Vaccination in the Punjab 1919-1929 - 1919-1929
Year: 1919
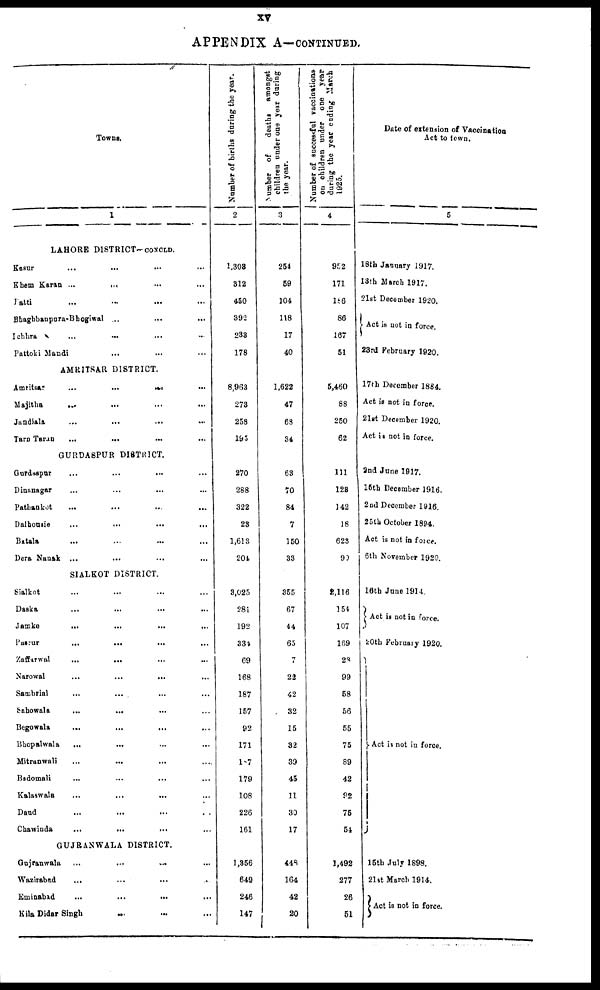
xv
APPENDIX A—CONTINUED
Towns.
1
LAHORE DISTRICT—CONCLD.
Kasur ... ... ... ...
Khem Karan ... ... ... ...
Patti ... ... ... ...
Bhaghbanpura-Bhogiwal ... ... ... ...
Ichhra ... ... ... ...
Pattoki Mandi ... ... ... ...
AMRITSAR DISTRICT.
Amritsar
...
...
...
...
Majitha ... ... ... ...
Jandiala ... ... ... ...
Tarn Taran ... ... ... ...
GURDASPUR DISTRICT.
Gurdaspur
...
...
...
...
Dinanagar ... ... ... ...
Pathankot ... ... ... ...
Dalhousie
...
...
...
...
Batala ... ... ... ...
Dera Nanak ... ... ... ...
SIALKOT DISTRICT.
Sialkot ... ... ... ...
Daska ... ... ... ...
Jamke ... ... ... ...
Pasrur
...
...
...
...
Zaffarwal ... ... ... ...
Narowal
...
...
...
...
Sambrial ... ... ... ...
Sahowala ... ... ... ...
Begowala
...
...
...
...
Bhopalwala ... ... ... ...
Mitranwali
...
...
...
...
Badomali
...
...
...
...
Kalaswala ... ... ... ...
Daud ... ... ... ...
Chawinda
...
...
...
...
GUJRANWALA DISTRICT.
Gujranwala ... ... ... ...
Wazirabad
...
...
...
...
Eminabad
...
...
...
...
Kila Didar Singh ... ... ... ...
Number of births during the year.
2
1,303
312
450
392
233
178
8,963
273
258
195
270
288
322
23
1,613
204
3,025
281
192
334
69
168
187
157
92
171
187
179
108
226
161
1,356
649
246
147
Number
of
deaths
amongst
children under one year during
the year.
3
254
59
104
118
17
40
1,622
47
68
34
63
70
84
7
150
33
355
67
44
65
7
22
42
32
15
32
39
45
11
30
17
448
164
42
20
Number of successful vaccinations
on children under one year
during the year ending March
1925.
4
952
171
186
86
167
51
5,460
88
250
62
111
123
142
18
628
90
2,116
154
107
169
28
99
58
56
55
75
89
42
92
75
54
1,492
277
26
51
Date of extension of Vaccination
Act to town.
5
18th January 1917
13th March 1917.
21st December 1920.
Act is not in force.
23rd February 1920.
17th December 1884.
Act is not in force.
21st December 1920.
Act is not in force.
2nd June 1917.
15th December 1916.
2nd December 1916.
25th October 1894.
Act is not in force.
6th November 1920.
16th June 1914
Act is not in force.
20th February 1920.
Act is not in force.
15th July 1898.
21st March 1914.
Act is not in force.